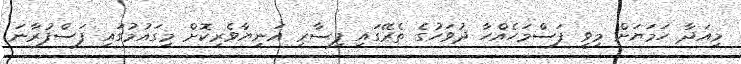
މިއަދާ ހަމަޔަށް މިވީ ފަސްމަހެއްހާ ދުވަހުގެ ތެރޭގައި ފިސާރި އަނިޔާވެރިކޮށް މިގައުމުގައި ފަސްފުރާނަ